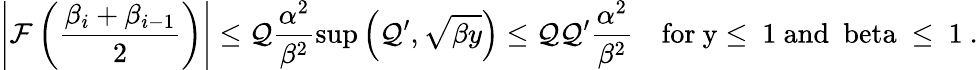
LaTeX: \left|{\cal F}\left(\frac{\beta_{i}+\beta_{i-1}}{2}\right)\right|\leq{\cal Q}\frac{\alpha^{2}}{\beta^{2}}\mathrm{sup}\left({\cal Q^{\prime}},\sqrt{\beta y}\right)\leq{\cal Q}{\cal Q^{\prime}}\frac{\alpha^{2}}{\beta^{2}}\quad\mathrm{for~y\leq~1~and~\ beta~\leq~1~}.